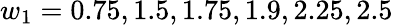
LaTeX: w_{1}=0.75,1.5,1.75,1.9,2.25,2.5